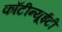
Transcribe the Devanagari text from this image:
काँटीन्यूईटी